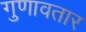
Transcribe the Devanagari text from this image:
गुणावतार